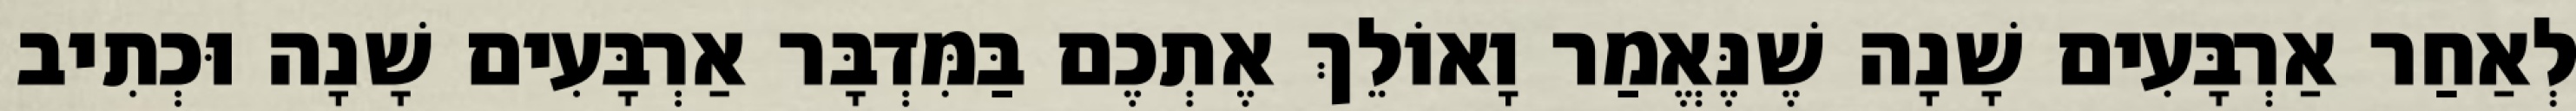
לְאַחַר אַרְבָּעִים שָׁנָה שֶׁנֶּאֱמַר וָאוֹלֵךְ אֶתְכֶם בַּמִּדְבָּר אַרְבָּעִים שָׁנָה וּכְתִיב